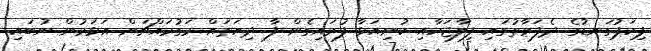
ޕިކަޕުގަނޑުގެ ދެފަރާތުގައި ފިލާޖަހާއި ކުނިއަޅާ ފުރައިގެން ފާ ދިޔަތައް މަގުމައްޗަށް އަޅަމުން ނުބައި